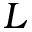
L